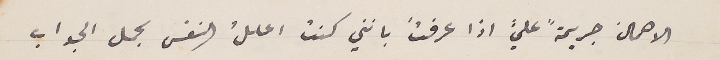
الاهمال جريمةً عليَّ اذا عرفتَ بانني كنت اعللُ النفس بحمل الجواب